Civil Veterinary Dept. Bombay admin report 1932-41 - 1932-1941
Year: 1932
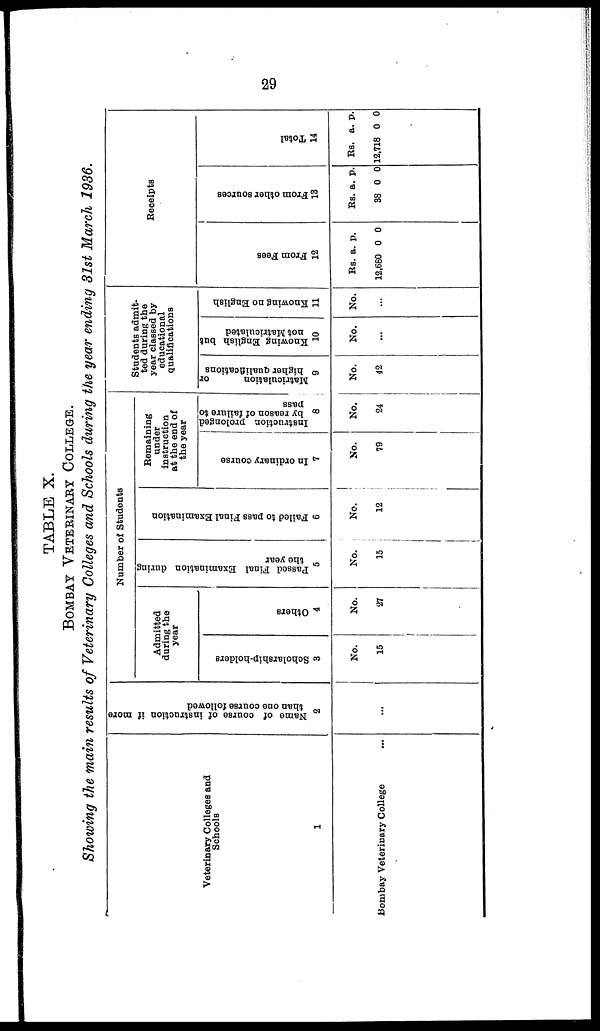
29
TABLE X.
BOMBAY VETERINARY COLLEGE.
Showing the main results of Veterinary Colleges and Schools during the year ending 31st March 1936.
Veterinary Colleges and
Schools
1
Bombay Veterinary College ...
Name of course of instruction if more
than one coarse followed
2
...
Number
of Students
Admitted
during the
year
Scholarship-holders
3
No.
15
Others
4
No.
27
Passed Final Examination during
the year
5
No.
15
Failed to pass Final Examination
6
No.
12
Remaining
under
instruction
at the end of
the year
In ordinary course
7
No.
79
Instruction prolonged
by reason of failure to
pass
8
No.
24
Students admit-
ted during the
year classed by
educational
qualifications
Matriculation
or
higher Qualifications
9
No.
42
Knowing English but
not Matriculated
10
No.
...
Knowing no English
11
No.
...
Receipts
Fr om Fees
12
Rs.
12,680
a.
0
p.
0
Fr om ot her s our ces
13
Rs.
38
a.
0
p.
0
Total
14
Rs.
12,718
a.
0
p.
0